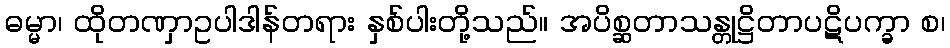
ဓမ္မာ၊ ထိုတဏှာဥပါဒါန်တရား နှစ်ပါးတို့သည်။ အပိစ္ဆတာသန္တုဋ္ဌိတာပဋိပက္ခာ စ၊